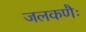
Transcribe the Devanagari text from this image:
जलकणैः